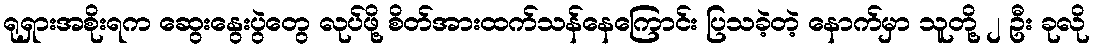
ရုရှားအစိုးရက ဆွေးနွေးပွဲတွေ လုပ်ဖို့ စိတ်အားထက်သန်နေကြောင်း ပြသခဲ့တဲ့ နောက်မှာ သူတို့ ၂ ဦး ခုလို